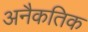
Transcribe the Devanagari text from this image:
अनैकतिक